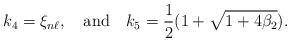
LaTeX: \begin{align*}k_4=\xi_{n\ell}, \ \ \ \mbox{and}\ \ \ k_5=\frac{1}{2}(1+\sqrt{1+4\beta_2}).\end{align*}